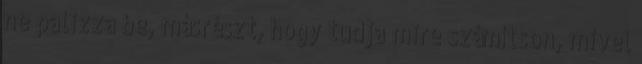
ne palizza be, másrészt, hogy tudja mire számítson, mivel